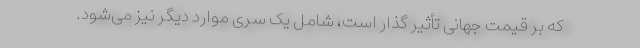
که بر قیمت جهانی تأثیر گذار است، شامل یک سری موارد دیگر نیز می‌شود.